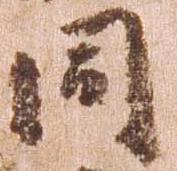
同